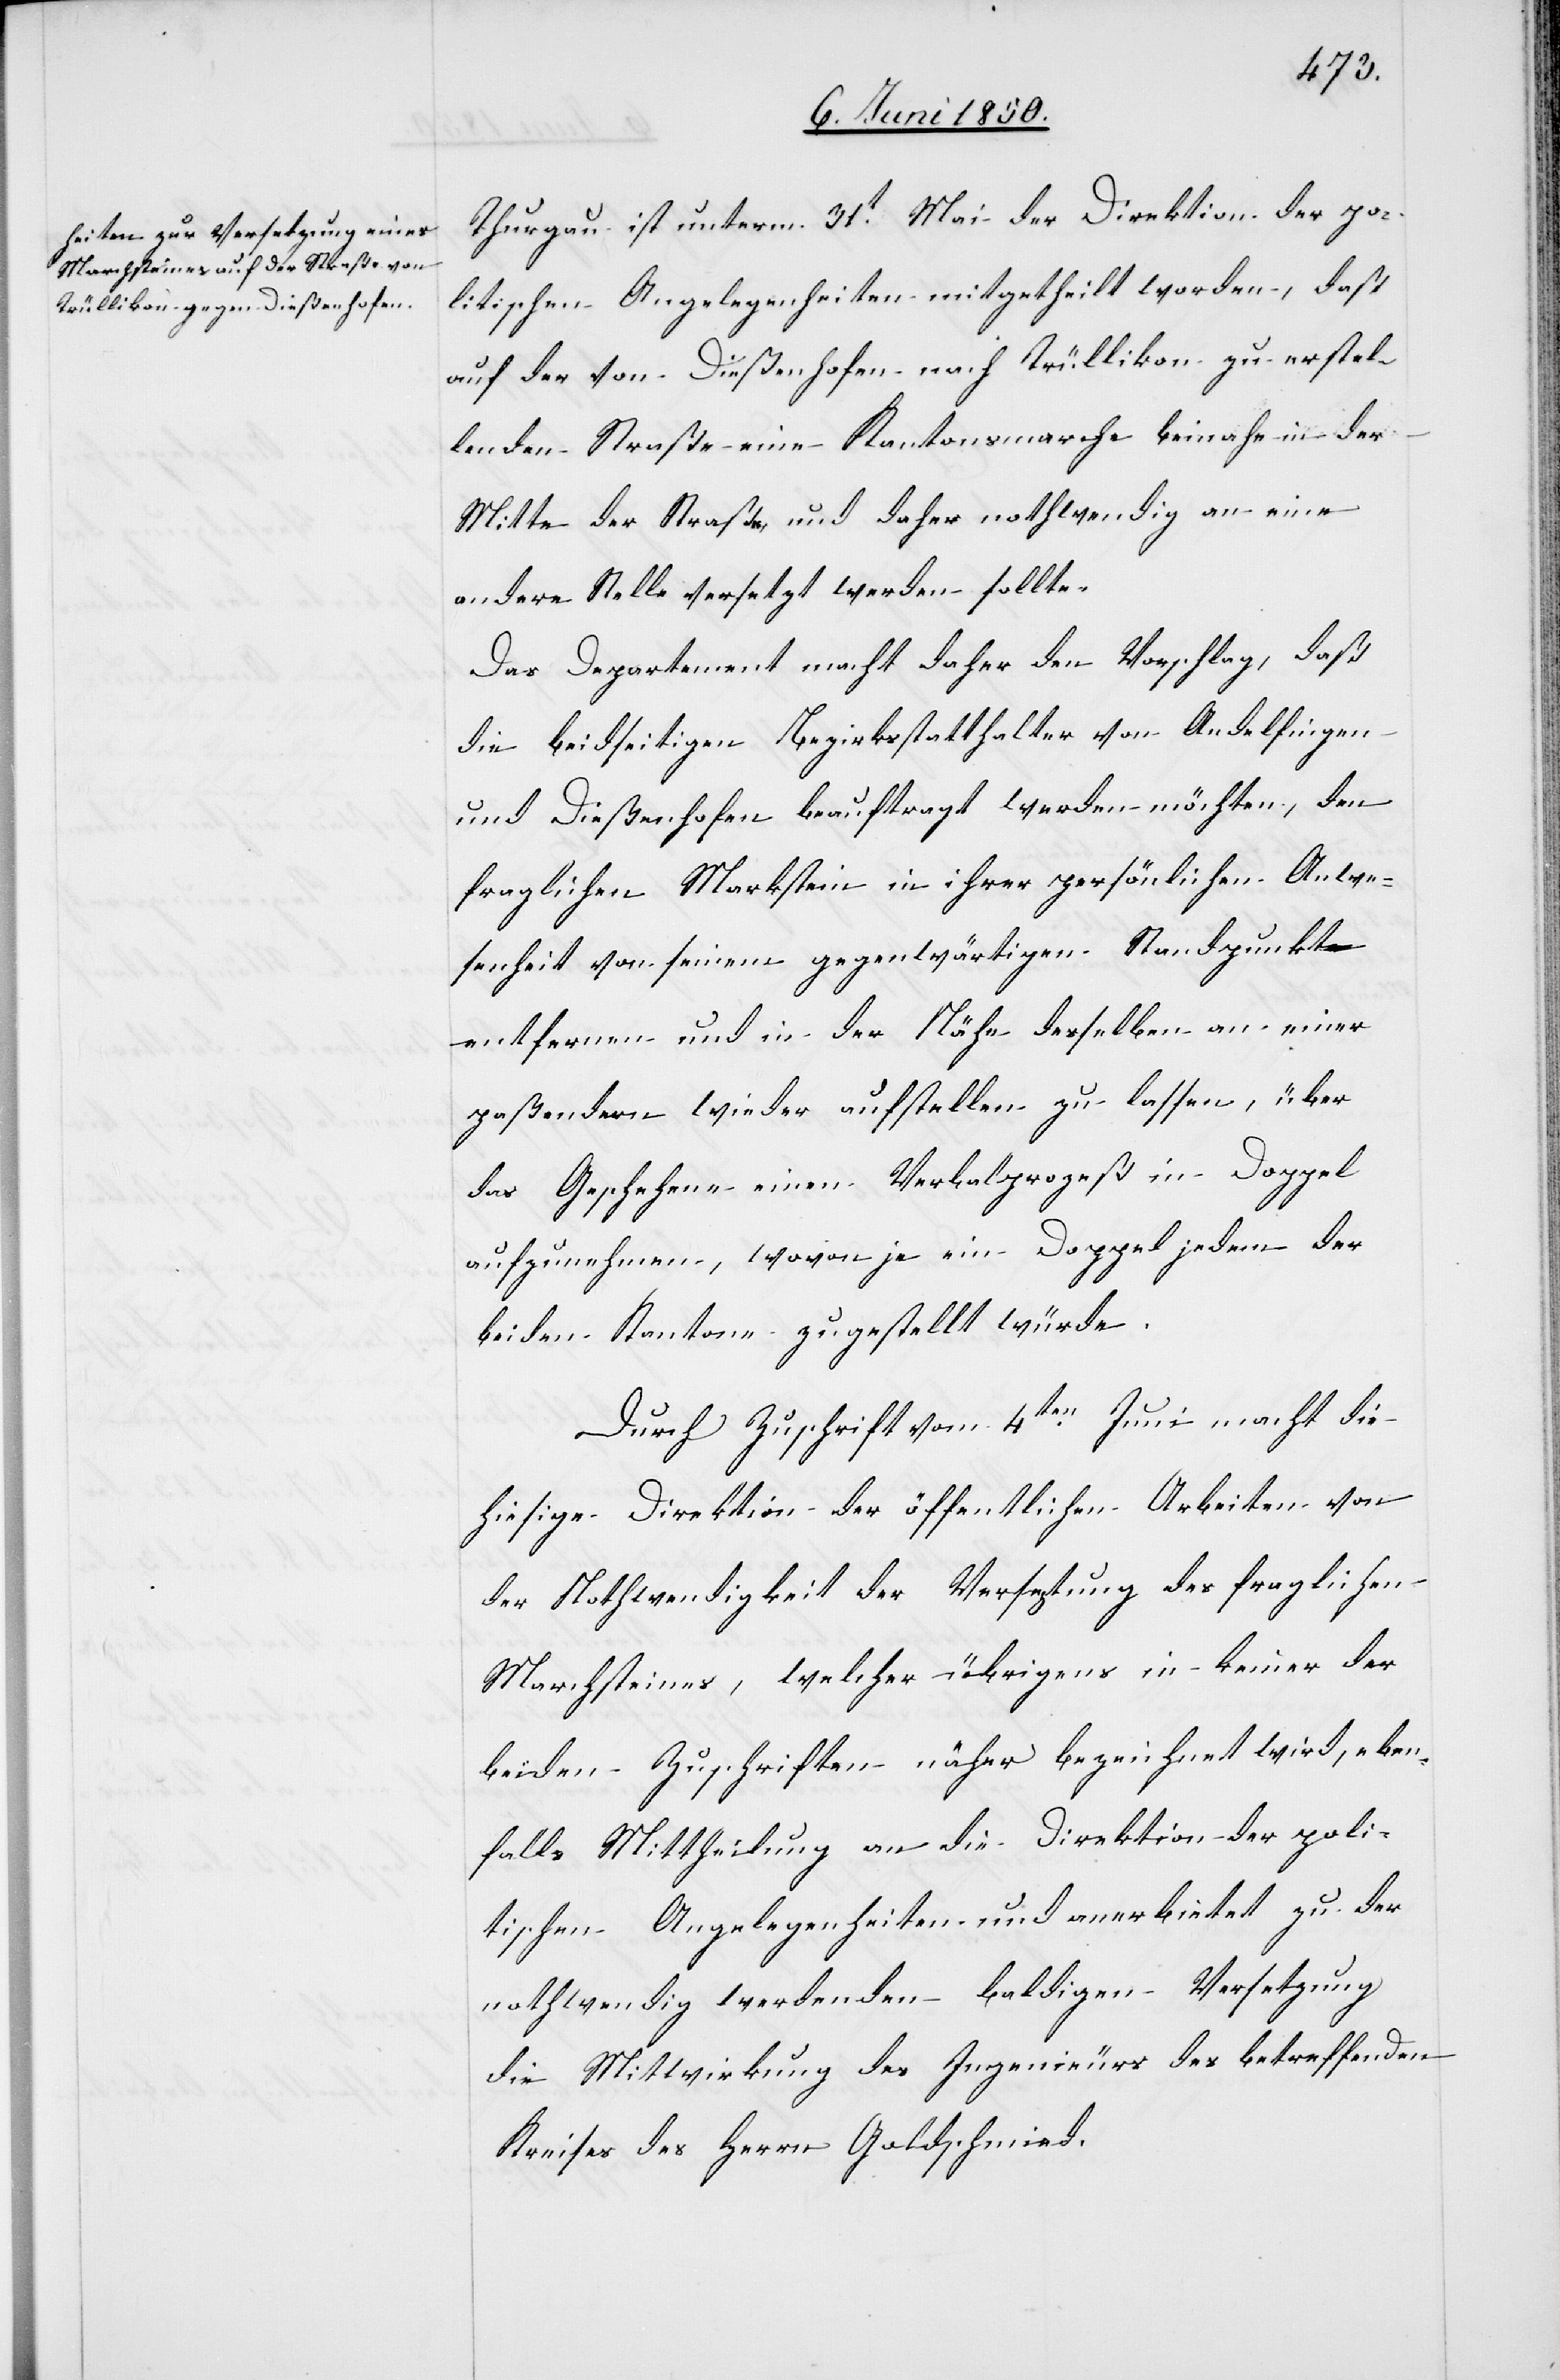
Thurgau ist unterm 31t Mai der Direktion der po¬
litischen Angelegenheiten mitgetheilt worden, daß
auf der von Dießenhofen nach Trüllikon zu erstel¬
lenden Straße eine Kantonsmarche beinahe in der
Mitte der Straße und daher nothwendig an eine
andere Stelle versetzt werden sollte.
Das Departement macht daher den Vorschlag, daß
die beidseitigen Bezirksstatthalter von Andelfingen
und Dießenhofen beauftragt werden möchten, den
fraglichen Markstein in ihrer persönlichen Anwe¬
senheit von seinem gegenwärtigen Standpunkt
entfernen und in der Nähe desselben an einer
paßendern wieder aufstellen zu lassen, über
das Geschehene einen Verbalprozeß in Doppel
aufzunehmen, wovon je ein Doppel jedem der
beiden Kantone zugestellt würde.
Durch Zuschrift vom 4ten Juni macht die
hiesige Direktion der öffentlichen Arbeiten von
der Nothwendigkeit der Versetzung des fraglichen
Marchsteines, welcher übrigens in keiner der
beiden Zuschriften näher bezeichnet wird, eben¬
falls Mittheilung an die Direktion der poli¬
tischen Angelegenheiten und anerbietet zu der
nothwendig werdenden baldigen Versetzung
die Mitwirkung des Ingenieurs des betreffenden
Kreises des Herrn Goldschmied.